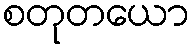
စတုတယော